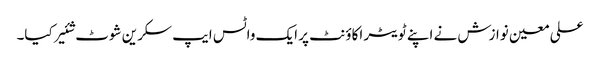
علی معین نوازش نے اپنے ٹویٹر اکاؤنٹ پر ایک واٹس ایپ سکرین شوٹ شئیر کیا۔